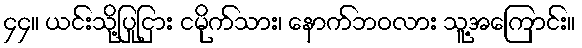
၄၄။ ယင်းသို့ပြုငြား ငမိုက်သား၊ နောက်ဘဝလား သူ့အကြောင်း။